Lunatic asylums Madras 1877-1891 - 1877-1891
Year: 1877
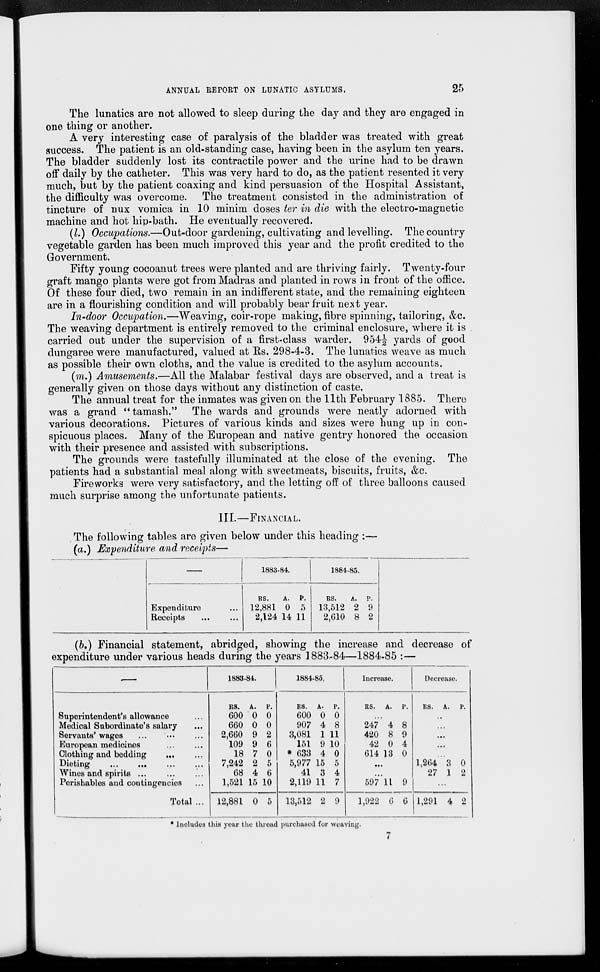
ANNUAL REPORT ON LUNATIC ASYLUMS,
25
The lunatics are not allowed to sleep during the day and they are engaged in
one thing or another.
A very interesting case of paralysis of the bladder was treated with great
success. The patient is an old-standing case, having been in the asylum ten years.
The bladder suddenly lost its contractile power and the urine had to be drawn
off daily by the catheter. This was very hard to do, as the patient resented it very
much, but by the patient coaxing and kind persuasion of the Hospital Assistant,
the difficulty was overcome. The treatment consisted in the administration of
tincture of nux vomica in 10 minim doses ter in die with the electro-magnetic
machine and hot hip-bath. He eventually recovered.
(l.) Occupations.—Out-door gardening, cultivating and levelling. The country
vegetable garden has been much improved this year and the profit credited to the
Government.
Fifty young cocoanut trees were planted and are thriving fairly. Twenty-four
graft mango plants were got from Madras and planted in rows in front of the office.
Of these four died, two remain in an indifferent state, and the remaining eighteen
are in a flourishing condition and will probably bear fruit next year.
In-door Occupation.—Weaving, coir-rope making, fibre spinning, tailoring, &c.
The weaving department is entirely removed to the criminal enclosure, where it is
carried out under the supervision of a first-class warder. 954½ yards of good
dungaree were manufactured, valued at Rs. 298-4-3. The lunatics weave as much
as possible their own cloths, and the value is credited to the asylum accounts.
(m.) Amusements.—All the Malabar festival days are observed, and a treat is
generally given on those days without any distinction of caste.
The annual treat for the inmates was given on the 11th February 1885. There
was a grand "tamash." The wards and grounds were neatly adorned with
various decorations. Pictures of various kinds and sizes were hung up in con-
spicuous places. Many of the European and native gentry honored the occasion
with their presence and assisted with subscriptions.
The grounds were tastefully illuminated at the close of the evening. The
patients had a substantial meal along with sweetmeats, biscuits, fruits, &c.
Fireworks were very satisfactory, and the letting off of three balloons caused
much surprise among the unfortunate patients.
III.—FINANCIAL.
The following tables are given below under this heading :—
(a.) Expenditure and receipts—
—
Expenditure ...
Receipts ... ...
1883-84.
Rs.
12,881
2,124
A.
0
14
P.
5
11
1884-85.
Rs.
13,512
2,610
A.
2
8
P.
9
2
(6.) Financial statement, abridged, showing the increase and decrease of
expenditure under various heads during the years 1883-84—1884-85 :—
—
Superintendent's allowance ...
Medical Subordinate's salary ...
Servants' wages ... ... ...
European medicines ... ...
Clothing and bedding
...
...
Dieting ... ... ... ...
Wines and spirits ... ... ...
Perishables and contingencies ...
Total ...
1888.84.
Rs.
600
660
2,660
109
18
7,242
68
1,521
12,881
A.
0
0
9
9
7
2
4
15
0
P.
0
0
2
6
0
5
6
10
5
1884-85.
Rs.
600
907
3,081
151
* 633
5,977
41
2,119
13,512
A.
0
4
1
9
4
15
3
11
2
P.
0
8
11
10
0
5
4
7
9
Increase.
Rs. A. P.
...
247
420
42
614
4
8
0
13
8
9
4
0
...
...
597
1,922
11
6
9
6
Decrease.
Rs. A. P.
...
...
...
...
...
1,264
27
3
1
0
2
...
1,291 4 2
* Includes this year the thread purchased for weaving.
7